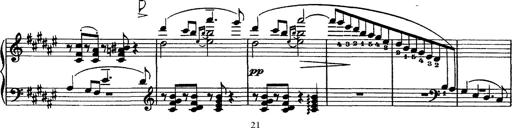
Title: Piano Sonata
Composer: Karl HÃ¤ssler
Key: C major